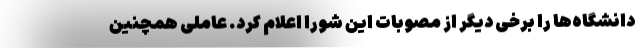
دانشگاه‌ها را برخی دیگر از مصوبات این شورا اعلام کرد. عاملی همچنین